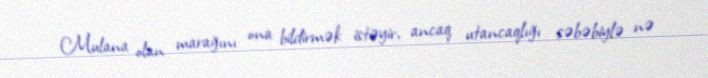
Mulana olan marağını ona bildirmək istəyir, ancaq utancaqlığı səbəbiylə nə